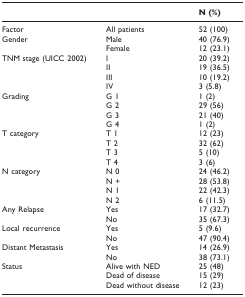
<table><thead><tr><td></td><td></td><td><b>N (%)</b></td></tr></thead><tbody><tr><td>Factor</td><td>All patients</td><td>52 (100)</td></tr><tr><td>Gender</td><td>Male</td><td>40 (76.9)</td></tr><tr><td></td><td>Female</td><td>12 (23.1)</td></tr><tr><td>TNM stage (UICC 2002)</td><td>I</td><td>20 (39.2)</td></tr><tr><td></td><td>II</td><td>19 (36.5)</td></tr><tr><td></td><td>III</td><td>10 (19.2)</td></tr><tr><td></td><td>IV</td><td>3 (5.8)</td></tr><tr><td>Grading</td><td>G 1</td><td>1 (2)</td></tr><tr><td></td><td>G 2</td><td>29 (56)</td></tr><tr><td></td><td>G 3</td><td>21 (40)</td></tr><tr><td></td><td>G 4</td><td>1 (2)</td></tr><tr><td>T category</td><td>T 1</td><td>12 (23)</td></tr><tr><td></td><td>T 2</td><td>32 (62)</td></tr><tr><td></td><td>T 3</td><td>5 (10)</td></tr><tr><td></td><td>T 4</td><td>3 (6)</td></tr><tr><td>N category</td><td>N 0</td><td>24 (46.2)</td></tr><tr><td></td><td>N +</td><td>28 (53.8)</td></tr><tr><td></td><td>N 1</td><td>22 (42.3)</td></tr><tr><td></td><td>N 2</td><td>6 (11.5)</td></tr><tr><td>Any Relapse</td><td>Yes</td><td>17 (32.7)</td></tr><tr><td></td><td>No</td><td>35 (67.3)</td></tr><tr><td>Local recurrence</td><td>Yes</td><td>5 (9.6)</td></tr><tr><td></td><td>No</td><td>47 (90.4)</td></tr><tr><td>Distant Metastasis</td><td>Yes</td><td>14 (26.9)</td></tr><tr><td></td><td>No</td><td>38 (73.1)</td></tr><tr><td>Status</td><td>Alive with NED</td><td>25 (48)</td></tr><tr><td></td><td>Dead of disease</td><td>15 (29)</td></tr><tr><td></td><td>Dead without disease</td><td>12 (23)</td></tr></tbody></table>